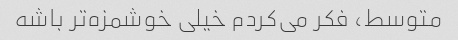
متوسط، فکر می‌کردم خیلی خوشمزه‌تر باشه